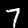
Digit: 7